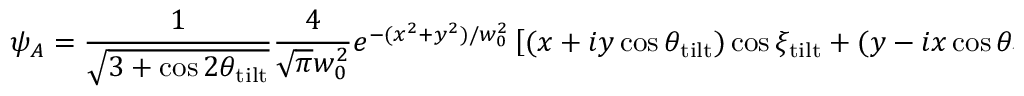
\psi _ { A } = \frac { 1 } { \sqrt { 3 + \cos { 2 \theta _ { \mathrm { t i l t } } } } } \frac { 4 } { \sqrt { \pi } w _ { 0 } ^ { 2 } } e ^ { - ( x ^ { 2 } + y ^ { 2 } ) / w _ { 0 } ^ { 2 } } \left[ ( x + i y \cos { \theta _ { \mathrm { t i l t } } } ) \cos { \xi _ { \mathrm { t i l t } } } + ( y - i x \cos { \theta _ { \mathrm { t i l t } } } ) \sin { \xi _ { \mathrm { t i l t } } } \right] .